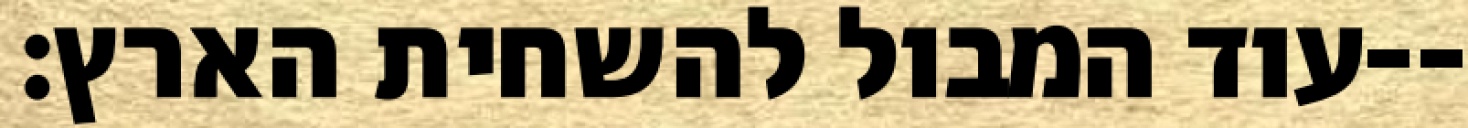
עוד המבול להשחית הארץ׃--